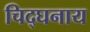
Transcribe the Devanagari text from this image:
चिद्घनाय